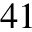
4 1